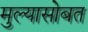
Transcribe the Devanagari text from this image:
मुल्यासोबत